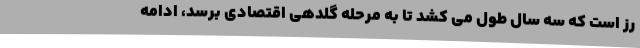
رز است که سه سال طول می کشد تا به مرحله گلدهی اقتصادی برسد، ادامه